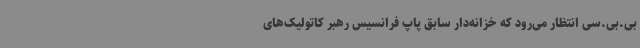
بی.بی.سی انتظار می‌رود که خزانه‌دار سابق پاپ فرانسیس رهبر کاتولیک‌‌های